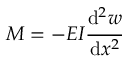
M = - E I { \cfrac { \mathrm { d } ^ { 2 } w } { \mathrm { d } x ^ { 2 } } }